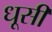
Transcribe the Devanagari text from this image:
धूसी